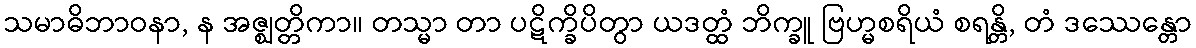
သမာဓိဘာဝနာ, န အဇ္ဈတ္တိကာ။ တသ္မာ တာ ပဋိက္ခိပိတွာ ယဒတ္ထံ ဘိက္ခူ ဗြဟ္မစရိယံ စရန္တိ, တံ ဒဿေန္တော